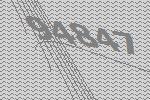
94847